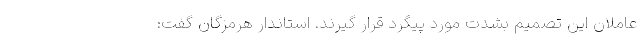
عاملان این تصمیم بشدت مورد پیگرد قرار گیرند. استاندار هرمزگان گفت: